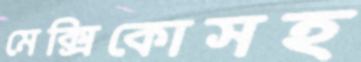
মেক্সিকোসহ